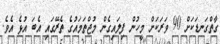
ގާތްގަނޑަކަށް 90 ވަރަކަށް މީހުން ފިލައިގެން މުޖްތަމައުގެ ތެރޭގައި އެބަ އުޅެ އެވެ.